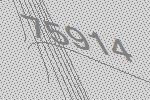
75914